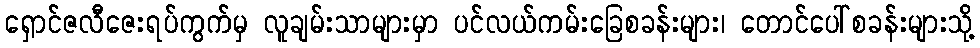
ရှောင်ဇလီဇေးရပ်ကွက်မှ လူချမ်းသာများမှာ ပင်လယ်ကမ်းခြေစခန်းများ၊ တောင်ပေါ်စခန်းများသို့